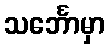
သင်္ဘောမှာ